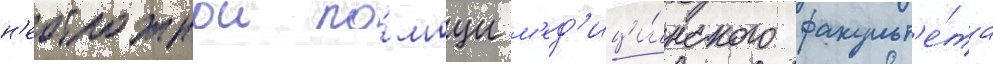
н'еотложнои по́мощи м'ед'ици́нского факульт'е́та